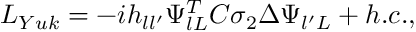
{ \cal L } _ { Y u k } = - i h _ { l l ^ { \prime } } \Psi _ { l L } ^ { T } C \sigma _ { 2 } \Delta \Psi _ { l ^ { \prime } L } + { h . c . } ,